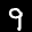
Label: 9